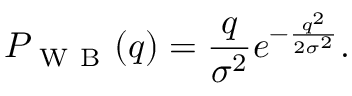
P _ { \mathrm { ~ W ~ B ~ } } ( q ) = \frac { q } { \sigma ^ { 2 } } e ^ { - \frac { q ^ { 2 } } { 2 \sigma ^ { 2 } } } .